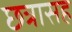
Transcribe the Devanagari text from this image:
छत्रासह